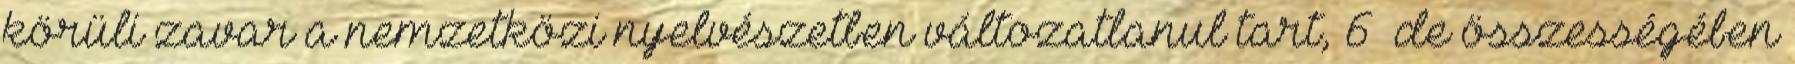
körüli zavar a nemzetközi nyelvészetben változatlanul tart, 6 de összességében